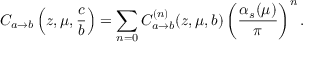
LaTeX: C _ { a \rightarrow b } \left( z , \mu , \frac { c } { b } \right) = \sum _ { n = 0 } C _ { a \rightarrow b } ^ { ( n ) } ( z , \mu , b ) \left( \frac { \alpha _ { s } ( \mu ) } { \pi } \right) ^ { n } .